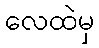
လေထဲမှ